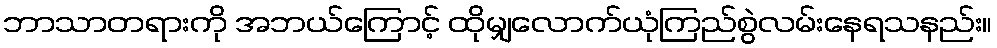
ဘာသာတရားကို အဘယ်ကြောင့် ထိုမျှလောက်ယုံကြည်စွဲလမ်းနေရသနည်း။